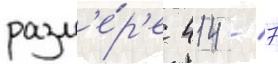
разм'е́р'е 414 / 7